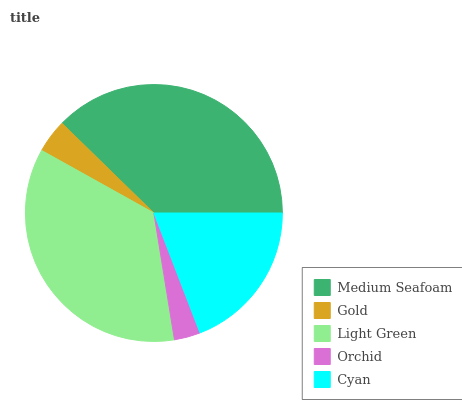
| Medium Seafoam | Gold | Light Green | Orchid | Cyan |
 | --- | --- | --- | --- | --- |
 | 37.7% | 4.22% | 35.7% | 3.28% | 19.1% |